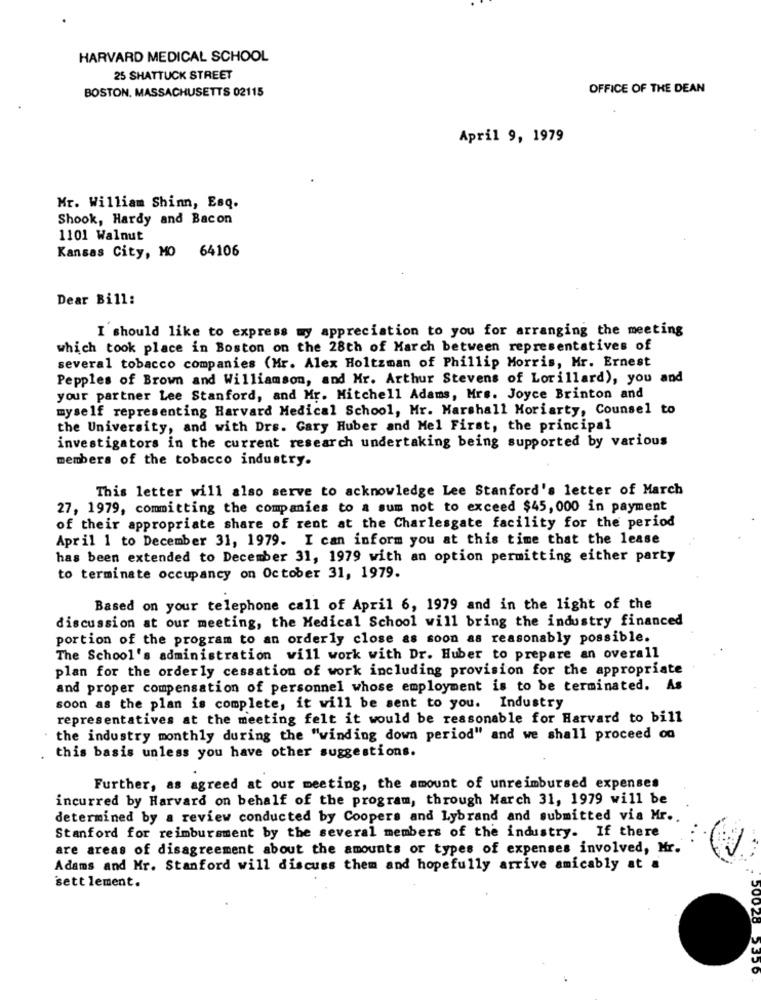
HARVARD MEDICAL SCHOOL
25 SHATTUCK STREET
BOSTON, MASSACHUSETTS 02115
OFFICE OF THE DEAN
April 9, 1979
Mr. William Shinn, Esq.
Shook, Hardy and Bacon
1101 Walnut
Kansas City, MO 64106
Dear Bill:
I should like to express my appreciation to you for arranging the meeting
which took place in Boston on the 28th of March between representatives of
several tobacco companies (Mr. Alex Holtzman of Phillip Morris, Mr. Ernest
Pepples of Brown and Williamson, and Mr. Arthur Stevens of Lorillard), you and
your partner Lee Stanford, and Mr. Mitchell Adams, Mrs. Joyce Brinton and
myself representing Harvard Medical School, Mr. Marshall Moriarty, Counsel to
the University, and with Drs. Gary Huber and Mel First, the principal
investigators in the current research undertaking being supported by various
members of the tobacco industry.
This letter will also serve to acknowledge Lee Stanford's letter of March
27, 1979, committing the companies to a sum not to exceed $45, 000 in payment
of their appropriate share of rent at the Charlesgate facility for the period
April 1 to December 31, 1979. I can inform you at this time that the lease
has been extended to December 31, 1979 with an option permitting either party
to terminate occupancy on October 31, 1979.
Based on your telephone call of April 6, 1979 and in the light of the
discussion at our meeting, the Medical School will bring the industry financed
portion of the program to an orderly close as soon as reasonably possible.
The School's administration will work with Dr. Huber to prepare an overall
plan for the orderly cessation of work including provision for the appropriate
and proper compensation of personnel whose employment is to be terminated. As
soon as the plan is complete, it will be sent to you. Industry
representatives at the meeting felt it would be reasonable for Harvard to bill
the industry monthly during the "winding down period" and we shall proceed on
this basis unless you have other suggestions.
Further, as agreed at our meeting, the amount of unreimbursed expenses
incurred by Harvard on behalf of the program, through March 31, 1979 will be
determined by a review conducted by Coopers and Lybrand and submitted via Mr ..
Stanford for reimbursment by the several members of the industry. If there
are areas of disagreement about the amounts or types of expenses involved, Mr.
Adams and Mr. Stanford will discuss them and hopefully arrive amicably at a
sett lement.